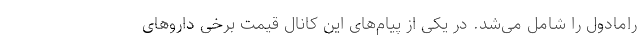
رامادول را شامل می‌شد. در یکی از پیام‌های این کانال قیمت برخی داروهای